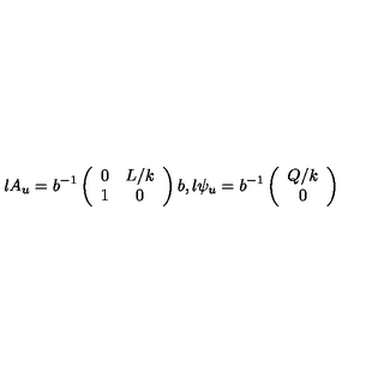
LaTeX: l A _ { u } = b ^ { - 1 } \left( \begin{array} { c c } { 0 } & { L / k } \\ { 1 } & { 0 } \\ \end{array} \right) b , l \psi _ { u } = b ^ { - 1 } \left( \begin{array} { c } { Q / k } \\ { 0 } \\ \end{array} \right)